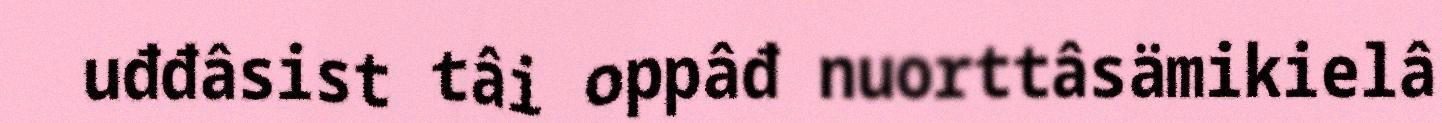
uđđâsist tâi oppâđ nuorttâsämikielâ